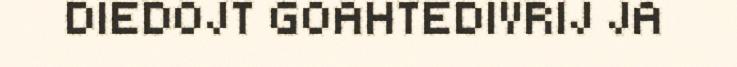
DIEDOJT GOAHTEDIVRIJ JA